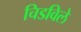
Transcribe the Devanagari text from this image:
चिडविले